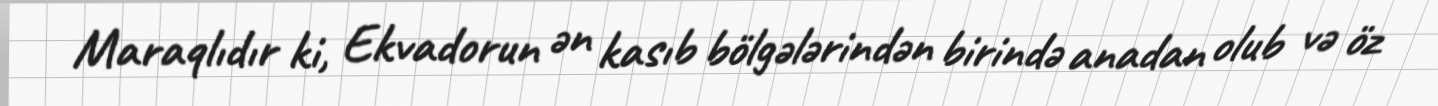
Maraqlıdır ki, Ekvadorun ən kasıb bölgələrindən birində anadan olub və öz